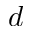
d